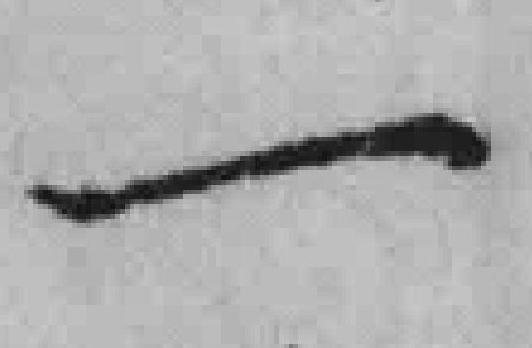
一